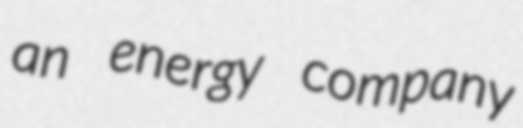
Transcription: an energy company